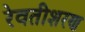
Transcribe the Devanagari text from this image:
रेवतीशरण